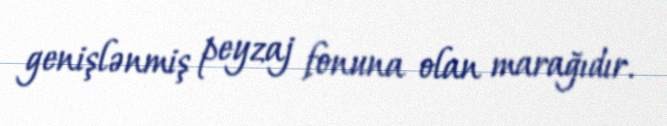
genişlənmiş peyzaj fonuna olan marağıdır.